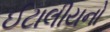
ઈટાલીયનો